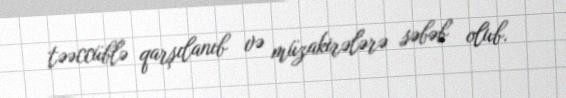
təəccüblə qarşılanıb və müzakirələrə səbəb olub.